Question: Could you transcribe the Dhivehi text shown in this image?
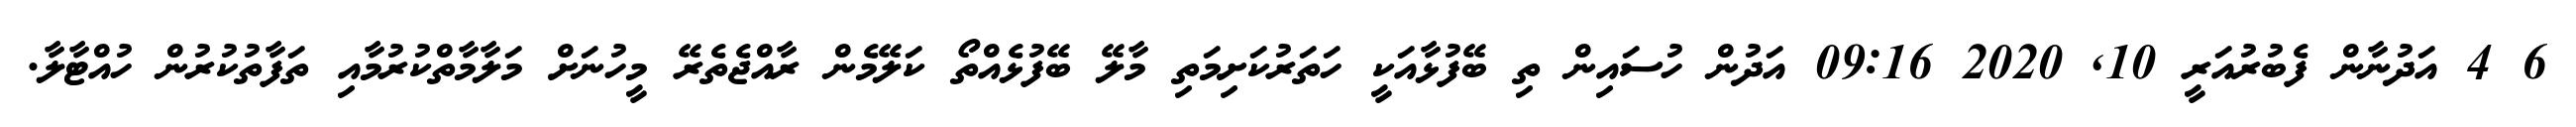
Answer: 6 4 އަދުނާން ފެބުރުއަރީ 10, 2020 09:16 އަދުން ހުސައިން ތި ބޭފުޅާއަކީ ހަތަރުކަށިމަތި މާލޭ ބޭފުޅެއްތޯ ކަލޭމެން ރާއްޖެތެރޭ މީހުނަށް މަލާމާތްކުރުމާއި ތަފާތުކުރުން ހުއްޓާލާ.